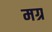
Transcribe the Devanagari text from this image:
मग्र